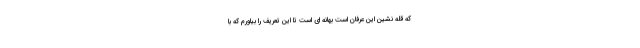
که قله نشین این عرفان است بهانه ای است تا این تعریف را بیاورم که با